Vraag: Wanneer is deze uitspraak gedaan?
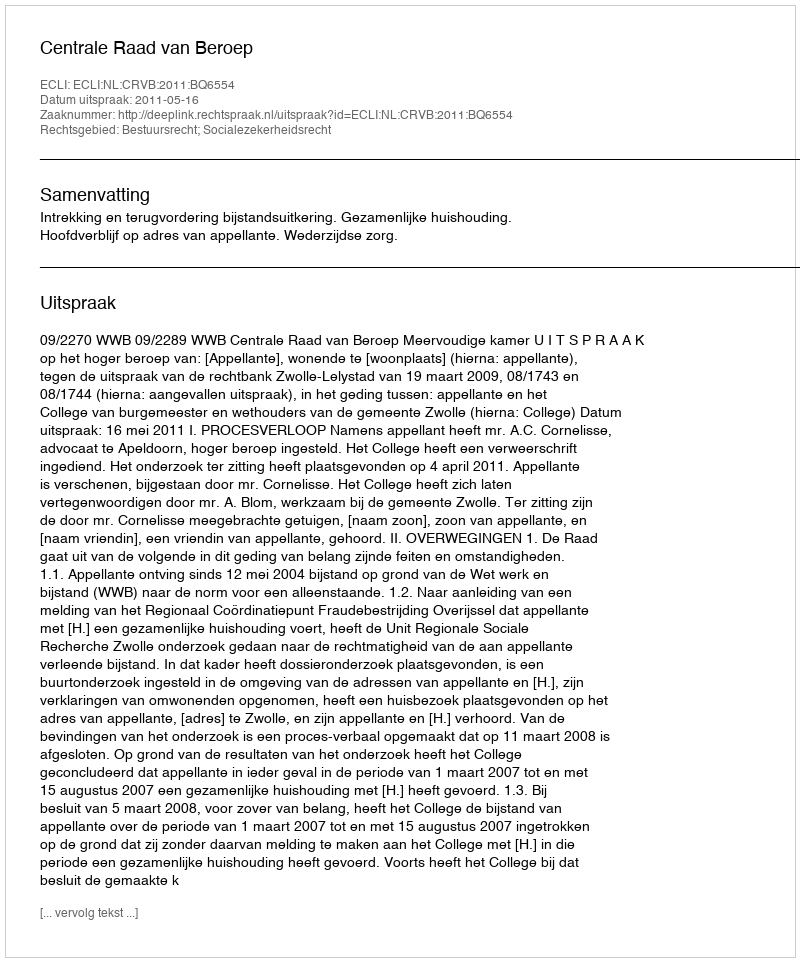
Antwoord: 2011-05-16